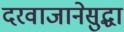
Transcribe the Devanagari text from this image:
दरवाजानेसुद्धा